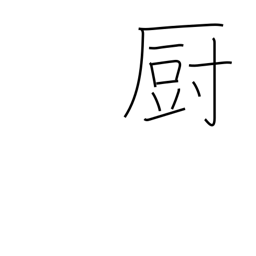
Meaning: kitchen